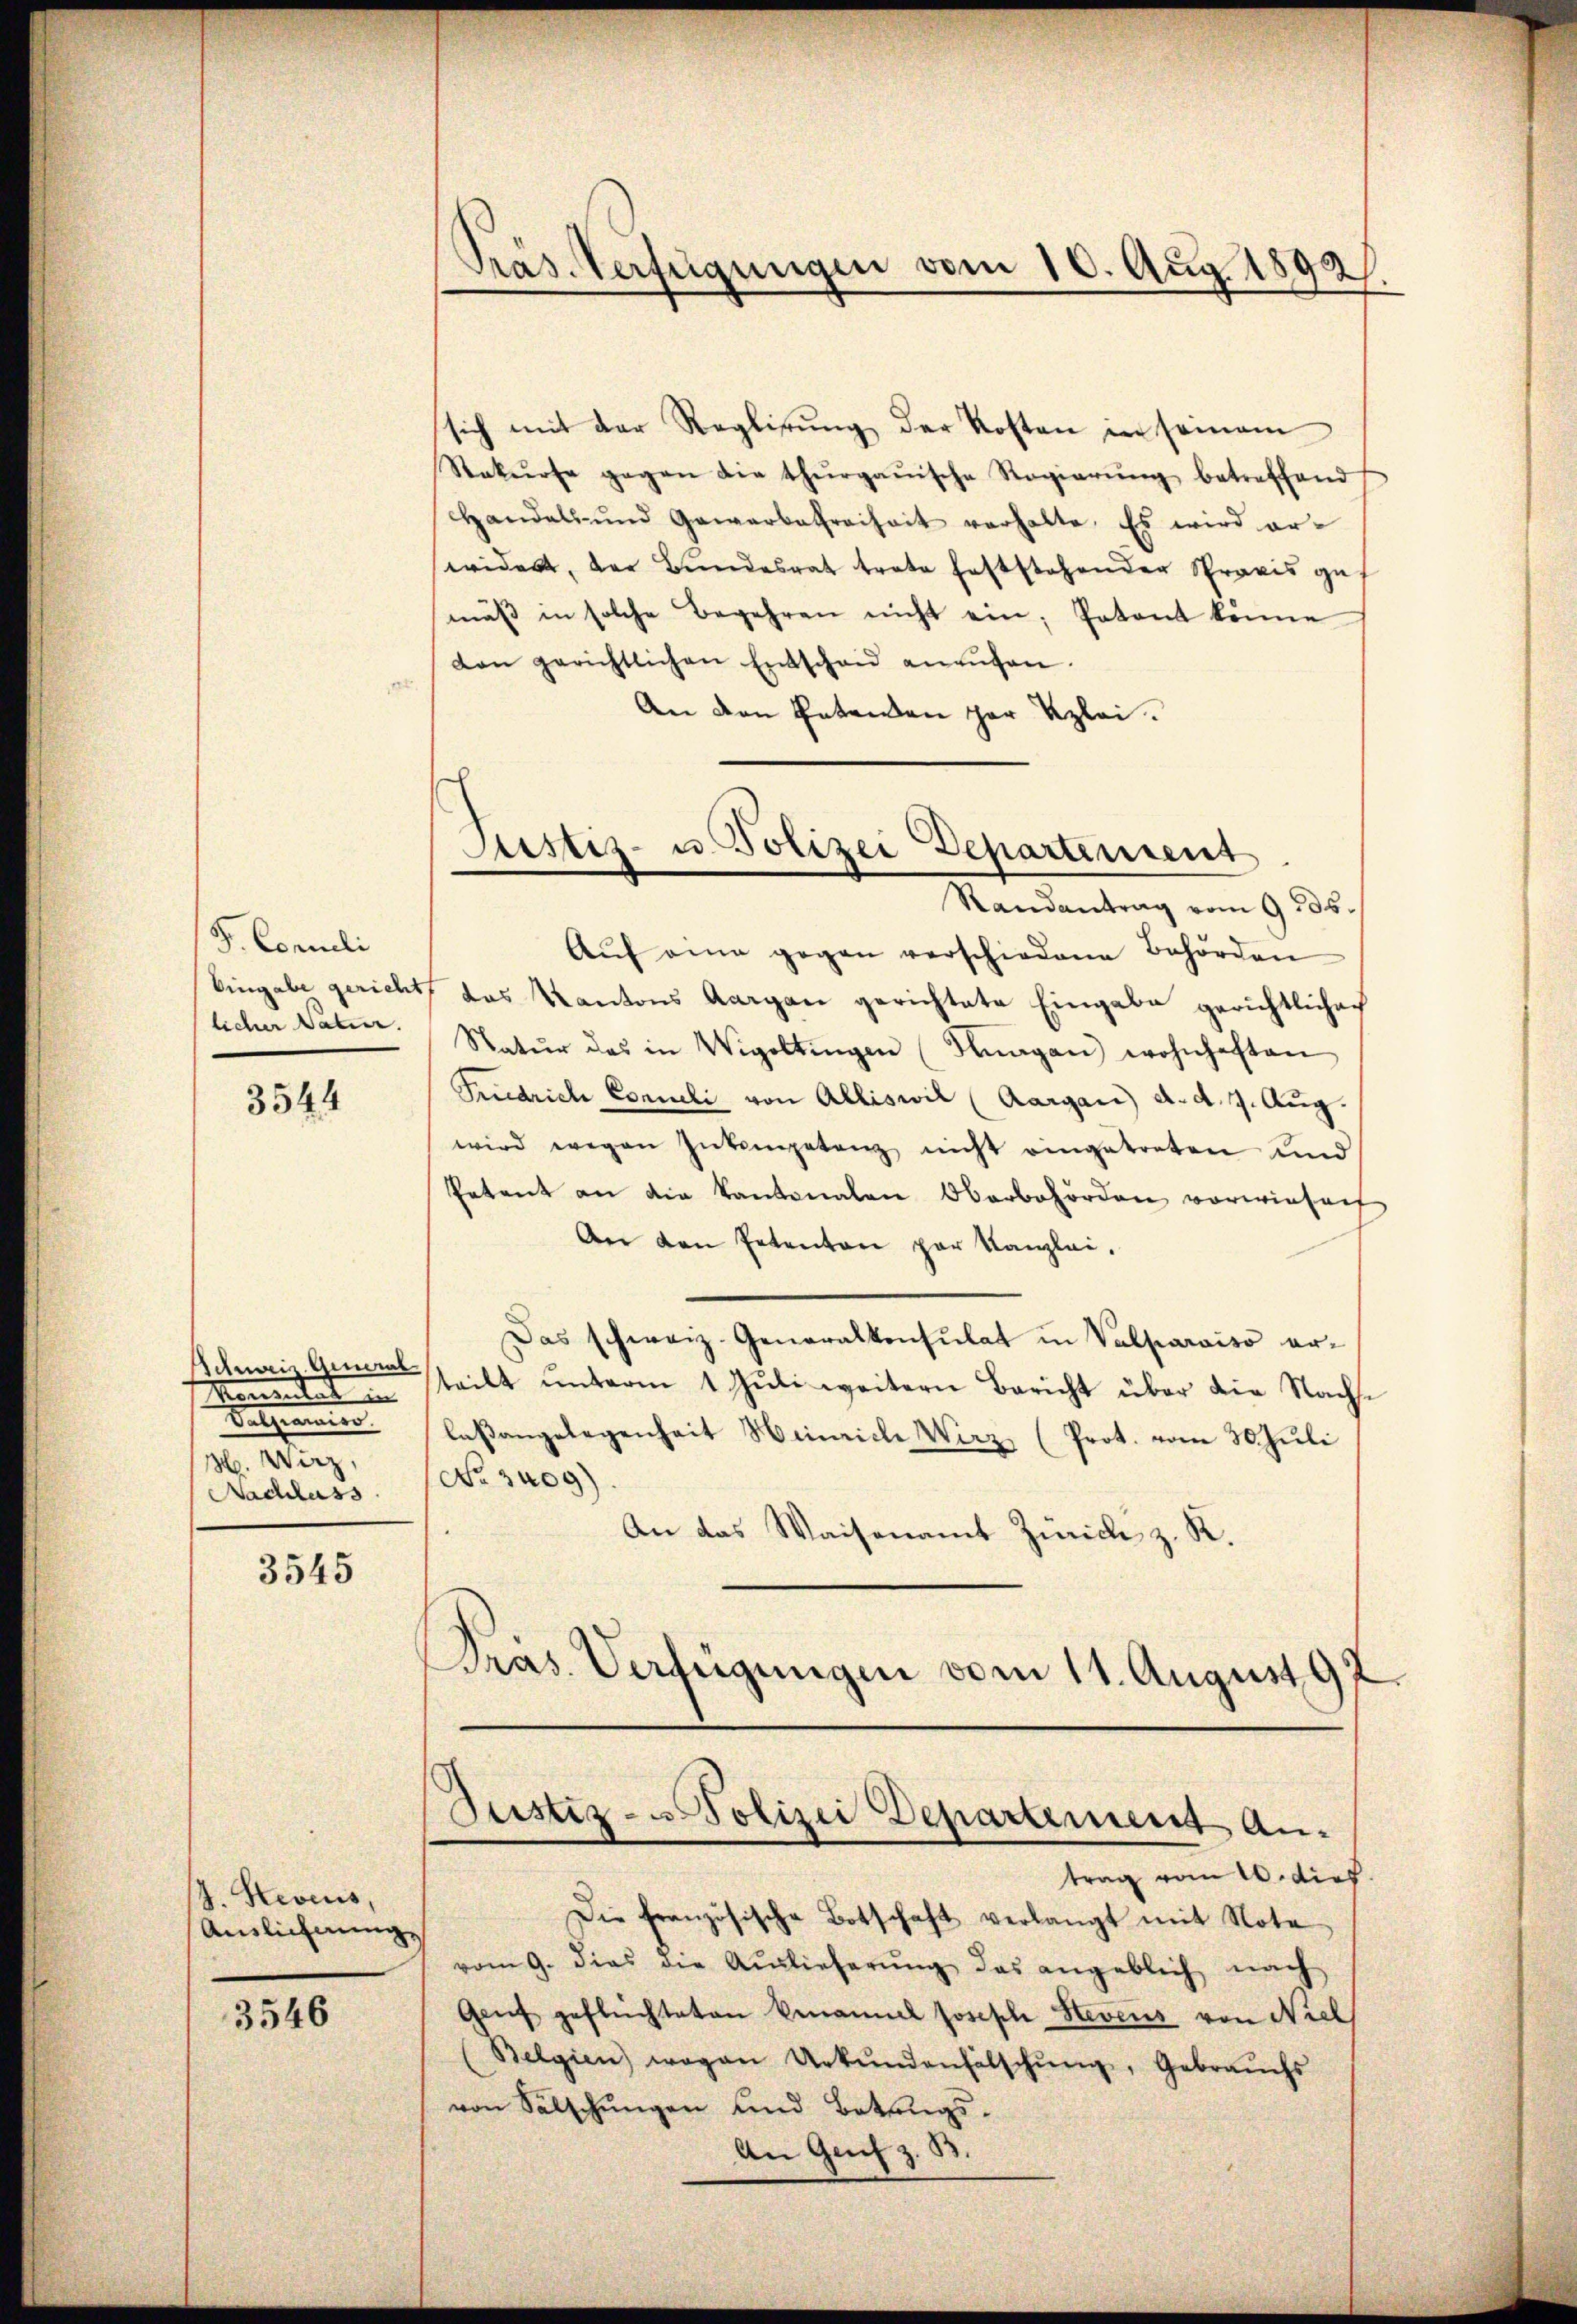
F. Concili
licher Natur.

3544

Schweiz. General
Komentar in
alhamier
3. Wirz,
Nachlass

3545

J. Keveus,
Auslichnung
3546

Präs. Verfügungen vom 10. Aug. 1892

sich mit der Reglirung der Kosten in seinem
Rekurse gegen die thurgauische Regierŭng betreffend
andals und Gewerbefreiheit verhalte. Es wird er-
widert, der Bŭndesrat trate haftstehender Spraxis gef
mäβ in solche Begehren nicht ein Patent könne
don gerichtlichen Entschen anrufen.
An den Entenden par Kzlei.
Randantrag vom 9. ds.
Aŭf eine gegen verschiedene Behörden
Eingabe gericht, das Kantons Aargau gerichtete Eingabe gerichtlichen
Natŭr das in Wigoltingen (Knagan wohnhaften
Friedrich Conneli von Alliswil (Aargau) d. d. 7. Aug.
wird wegen Inkompetenz nicht eingetreten und
Petent an die Kantonalen Oberbehörden vorwiesenf
An den Petenten par Kanzlei,
Das schweiz. Generalkonsulat in Valparaiso er-
steilt ŭnterm 1 Juli weitern Bericht über die Nachse
laßangelegenheit Hinriche Wirz (Prot. vom 30. Juli
No 3409).
An das Waisenamt Zürich z. R.
Pras. Verfügungen vom 11. August 197.

Justiz- u. Polizei Departement

Justiz-Polizei Departement An-
trag vom 10. dies

Die französische Botschaft verlangt mit Note
vom 9. dies die Aŭslieferŭng das angeblich nach
Genf geflüchteten Benannel Josische Stevens von Niel
Belgien) wegen Urkŭndenfälschŭng, Gebrauchs
von Salschŭngen und Botungs¬
An Genf z. B.